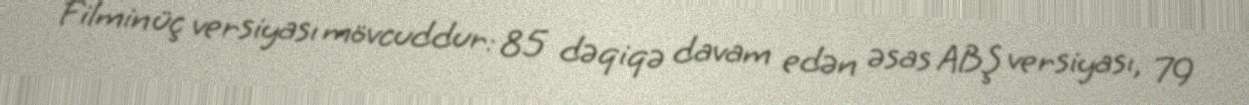
Filmin üç versiyası mövcuddur: 85 dəqiqə davam edən əsas ABŞ versiyası, 79